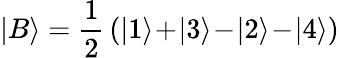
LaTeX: |B\rangle=\frac{1}{2}\, (|1\rangle\! +\! |3\rangle\! -\! |2\rangle\! -\! |4\rangle)